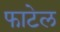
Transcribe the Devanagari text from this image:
फाटेल